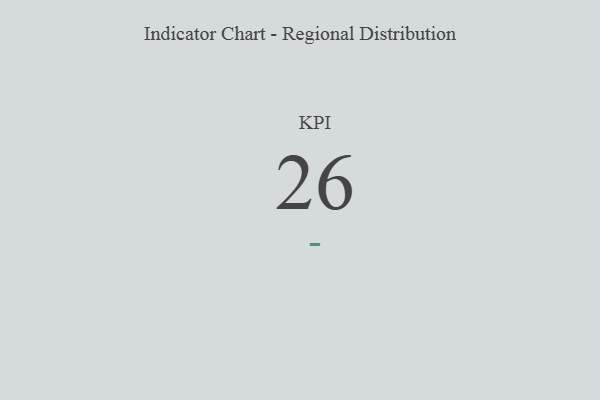
{"axis": {"x": "KPI", "y": "Value"}, "legend": [""], "data": [{"x": "KPI", "y": 26, "type": ""}]}